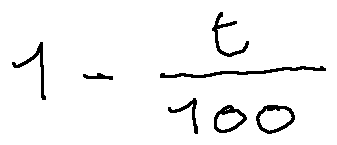
1 - \frac { t } { 1 0 0 }